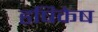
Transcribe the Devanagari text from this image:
हृषिकेष